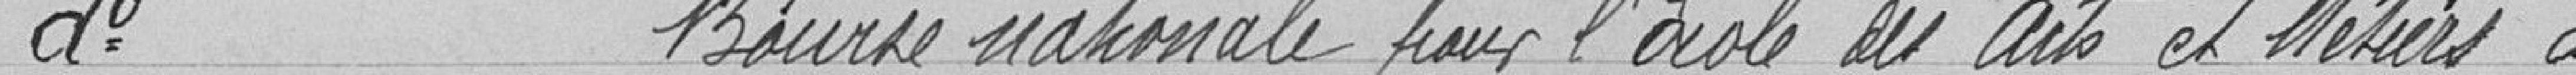
Idem - Bourse nationale pour l'École des Arts et Métiers à